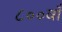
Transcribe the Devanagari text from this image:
८००वाँ